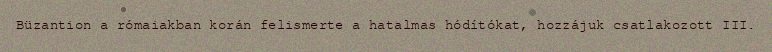
Büzantion a rómaiakban korán felismerte a hatalmas hódítókat, hozzájuk csatlakozott III.